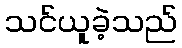
သင်ယူခဲ့သည်